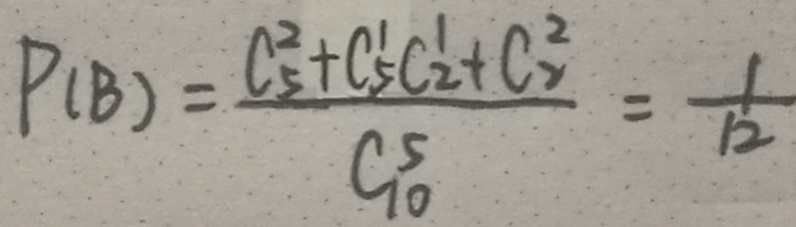
P ( B ) = \frac { C _ { 5 } ^ { 2 } + C _ { 5 } ^ { \prime } C _ { 2 } ^ { \prime } + C _ { 2 } ^ { 2 } } { C _ { 1 0 } ^ { 5 } } = \frac { 1 } { 1 2 }